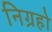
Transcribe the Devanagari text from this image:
निग्रहो